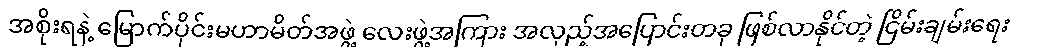
အစိုးရနဲ့ မြောက်ပိုင်းမဟာမိတ်အဖွဲ့ လေးဖွဲ့အကြား အလှည့်အပြောင်းတခု ဖြစ်လာနိုင်တဲ့ ငြိမ်းချမ်းရေး